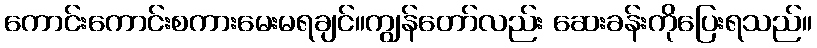
ကောင်းကောင်းစကားမေးမရချင်။ကျွန်တော်လည်း ဆေးခန်းကိုပြေးရသည်။